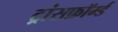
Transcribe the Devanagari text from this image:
ट्रांसफ़ॉर्म्ड